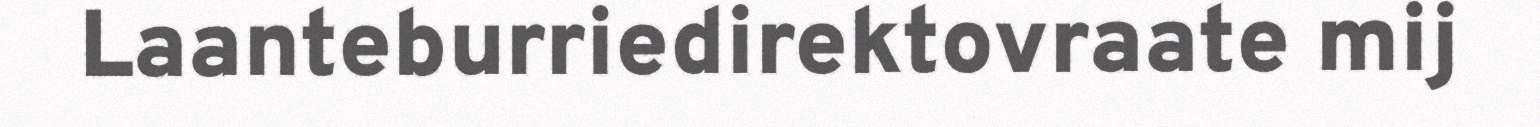
Laanteburriedirektovraate mij